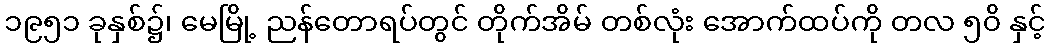
၁၉၅၁ ခုနှစ်၌၊ မေမြို့ ညန်တောရပ်တွင် တိုက်အိမ် တစ်လုံး အောက်ထပ်ကို တလ ၅၀ိ နှင့်